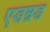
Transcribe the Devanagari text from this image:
एडम्नड